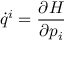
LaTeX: { \dot { q } } ^ { i } = { \frac { \partial H } { \partial p _ { i } } } \quad